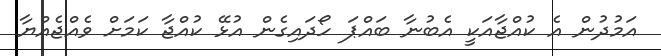
އަމުދުން އެ ކުއްޖާއަކީ އެބުނާ ބައްޕަ ހޯދައިގެން އުޅޭ ކުއްޖާ ކަމަށް ވެއްޖެއްޔާ